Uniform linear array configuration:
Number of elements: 4
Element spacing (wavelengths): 1
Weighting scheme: uniform
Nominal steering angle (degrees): -60
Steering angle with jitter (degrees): -58.379
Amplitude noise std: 0.05
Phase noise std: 0.05

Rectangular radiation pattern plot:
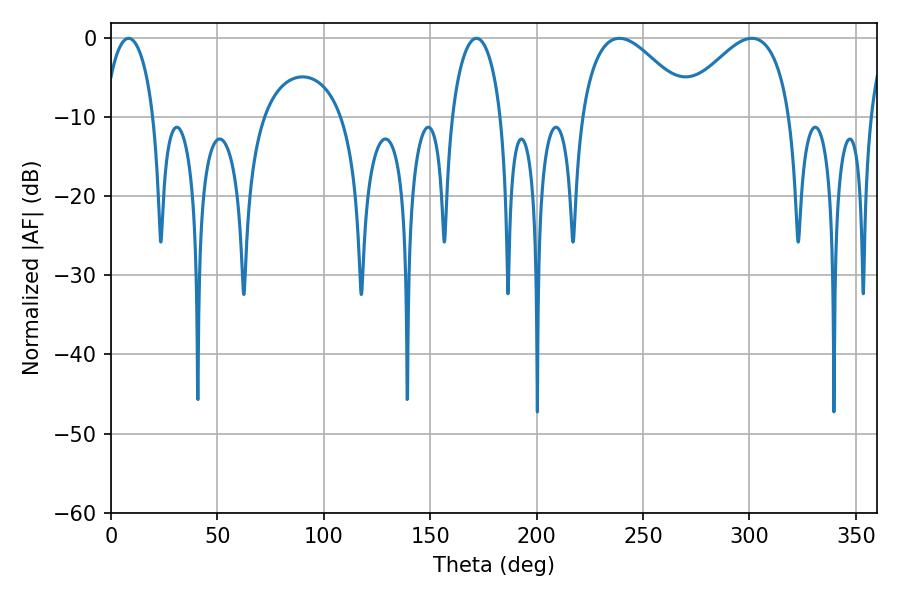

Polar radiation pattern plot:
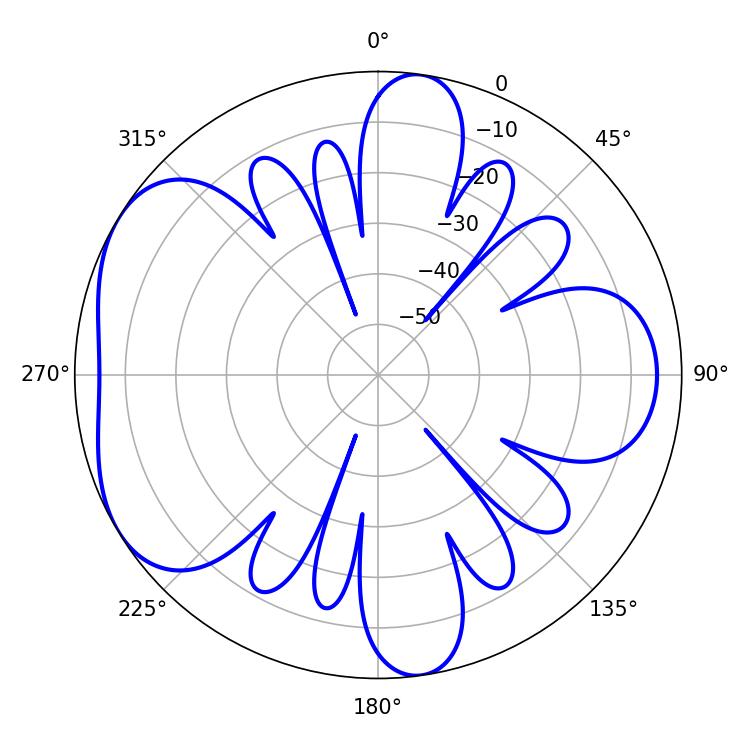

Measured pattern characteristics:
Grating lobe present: TRUE
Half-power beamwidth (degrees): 13.32
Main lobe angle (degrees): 8.28